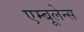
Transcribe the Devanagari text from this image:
एम्बूलेन्स